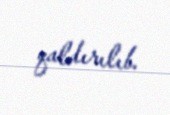
qaldırılıb.